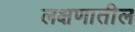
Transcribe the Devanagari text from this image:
लक्षणातील